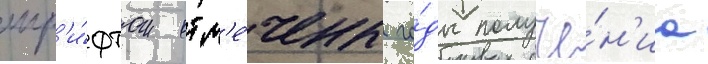
шр'и́фтом отм'е́чены го́ды получе́н'иа